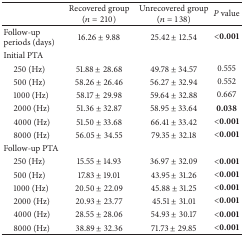
<table><thead><tr><td><b> </b></td><td><b>Recovered group(<i>n</i> = 210)</b></td><td><b>Unrecovered group(<i>n</i> = 138)</b></td><td><b><i>P</i> value</b></td></tr></thead><tbody><tr><td>Follow-up periods (days)</td><td>16.26 ± 9.88</td><td>25.42 ± 12.54</td><td><b>&lt;0.001</b></td></tr><tr><td>Initial PTA</td><td> </td><td> </td><td> </td></tr><tr><td> 250 (Hz)</td><td>51.88 ± 28.68</td><td>49.78 ± 34.57</td><td>0.555</td></tr><tr><td> 500 (Hz)</td><td>58.26 ± 26.46</td><td>56.27 ± 32.94</td><td>0.552</td></tr><tr><td> 1000 (Hz)</td><td>58.17 ± 29.98</td><td>59.64 ± 32.88</td><td>0.667</td></tr><tr><td> 2000 (Hz)</td><td>51.36 ± 32.87</td><td>58.95 ± 33.64</td><td><b>0.038</b></td></tr><tr><td> 4000 (Hz)</td><td>51.50 ± 33.68</td><td>66.41 ± 33.42</td><td><b>&lt;0.001</b></td></tr><tr><td> 8000 (Hz)</td><td>56.05 ± 34.55</td><td>79.35 ± 32.18</td><td><b>&lt;0.001</b></td></tr><tr><td>Follow-up PTA</td><td> </td><td> </td><td> </td></tr><tr><td> 250 (Hz)</td><td>15.55 ± 14.93</td><td>36.97 ± 32.09</td><td><b>&lt;0.001</b></td></tr><tr><td> 500 (Hz)</td><td>17.83 ± 19.01</td><td>43.95 ± 31.26</td><td><b>&lt;0.001</b></td></tr><tr><td> 1000 (Hz)</td><td>20.50 ± 22.09</td><td>45.88 ± 31.25</td><td><b>&lt;0.001</b></td></tr><tr><td> 2000 (Hz)</td><td>20.93 ± 23.77</td><td>45.51 ± 31.01</td><td><b>&lt;0.001</b></td></tr><tr><td> 4000 (Hz)</td><td>28.55 ± 28.06</td><td>54.93 ± 30.17</td><td><b>&lt;0.001</b></td></tr><tr><td> 8000 (Hz)</td><td>38.89 ± 32.36</td><td>71.73 ± 29.85</td><td><b>&lt;0.001</b></td></tr></tbody></table>